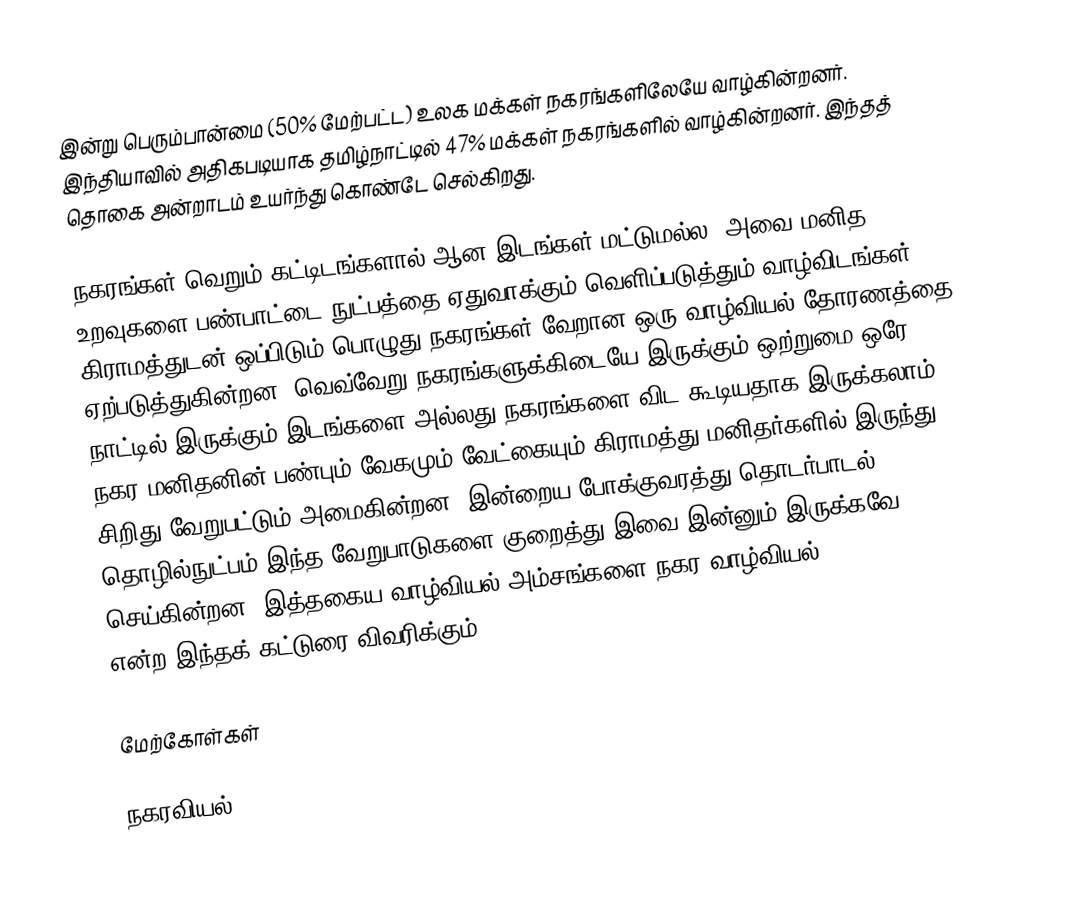
இன்று பெரும்பான்மை (50% மேற்பட்ட) உலக மக்கள் நகரங்களிலேயே வாழ்கின்றனர்.  இந்தியாவில் அதிகபடியாக தமிழ்நாட்டில் 47% மக்கள் நகரங்களில் வாழ்கின்றனர்.  இந்தத் தொகை அன்றாடம் உயர்ந்து கொண்டே செல்கிறது.

நகரங்கள் வெறும் கட்டிடங்களால் ஆன இடங்கள் மட்டுமல்ல, அவை மனித உறவுகளை பண்பாட்டை நுட்பத்தை ஏதுவாக்கும் வெளிப்படுத்தும் வாழ்விடங்கள்.  கிராமத்துடன் ஒப்பிடும் பொழுது நகரங்கள் வேறான ஒரு வாழ்வியல் தோரணத்தை ஏற்படுத்துகின்றன.  வெவ்வேறு நகரங்களுக்கிடையே இருக்கும் ஒற்றுமை ஒரே நாட்டில் இருக்கும் இடங்களை அல்லது நகரங்களை விட கூடியதாக இருக்கலாம்.  நகர மனிதனின் பண்பும் வேகமும் வேட்கையும் கிராமத்து மனிதர்களில் இருந்து சிறிது வேறுபட்டும் அமைகின்றன.  இன்றைய போக்குவரத்து தொடர்பாடல் தொழில்நுட்பம் இந்த வேறுபாடுகளை குறைத்து இவை இன்னும் இருக்கவே செய்கின்றன.  இத்தகைய வாழ்வியல் அம்சங்களை நகர வாழ்வியல் (urban living) என்ற இந்தக் கட்டுரை விவரிக்கும்.

மேற்கோள்கள்

நகரவியல்